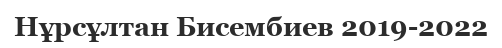
Нұрсұлтан Бисембиев 2019-2022